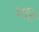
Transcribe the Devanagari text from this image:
शर्ति